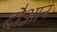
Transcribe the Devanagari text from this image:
दौआन